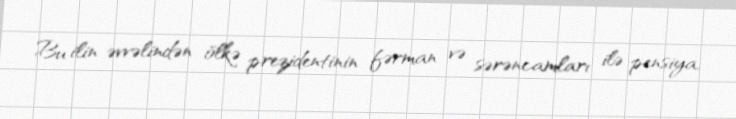
Bu ilin əvvəlindən ölkə prezidentinin fərman və sərəncamları ilə pensiya,